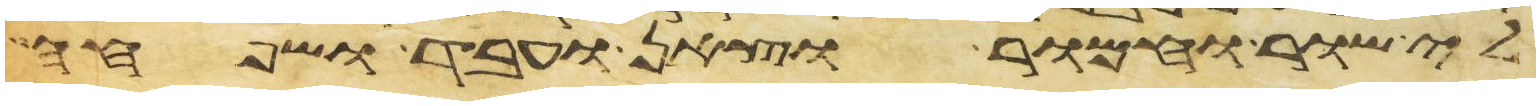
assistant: לי שור וחמור וצאן ועבד ושפחה